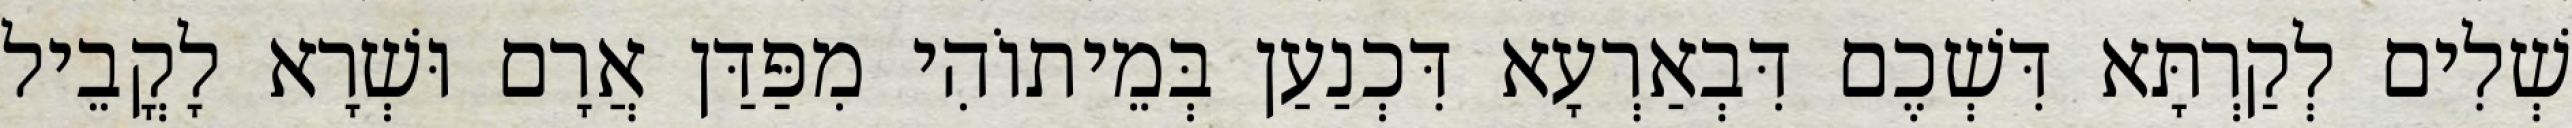
שְׁלִים לְקַרְתָּא דִּשְׁכֶם דִּבְאַרְעָא דִּכְנַעַן בְּמֵיתוֹהִי מִפַּדַּן אֲרָם וּשְׁרָא לָקֳבֵיל